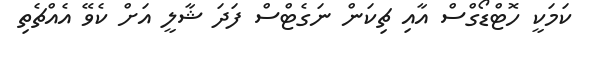
ކަމަކީ ހޮޓްޑޯގްސް އާއި ޗިކަން ނަގެޓްސް ފަދަ ޝާލީ އަށް ކެވޭ އެއްޗެތި